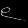
Digit: ၉